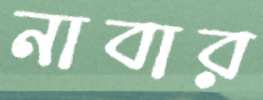
নাবার